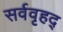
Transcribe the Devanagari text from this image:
सर्ववृहद्